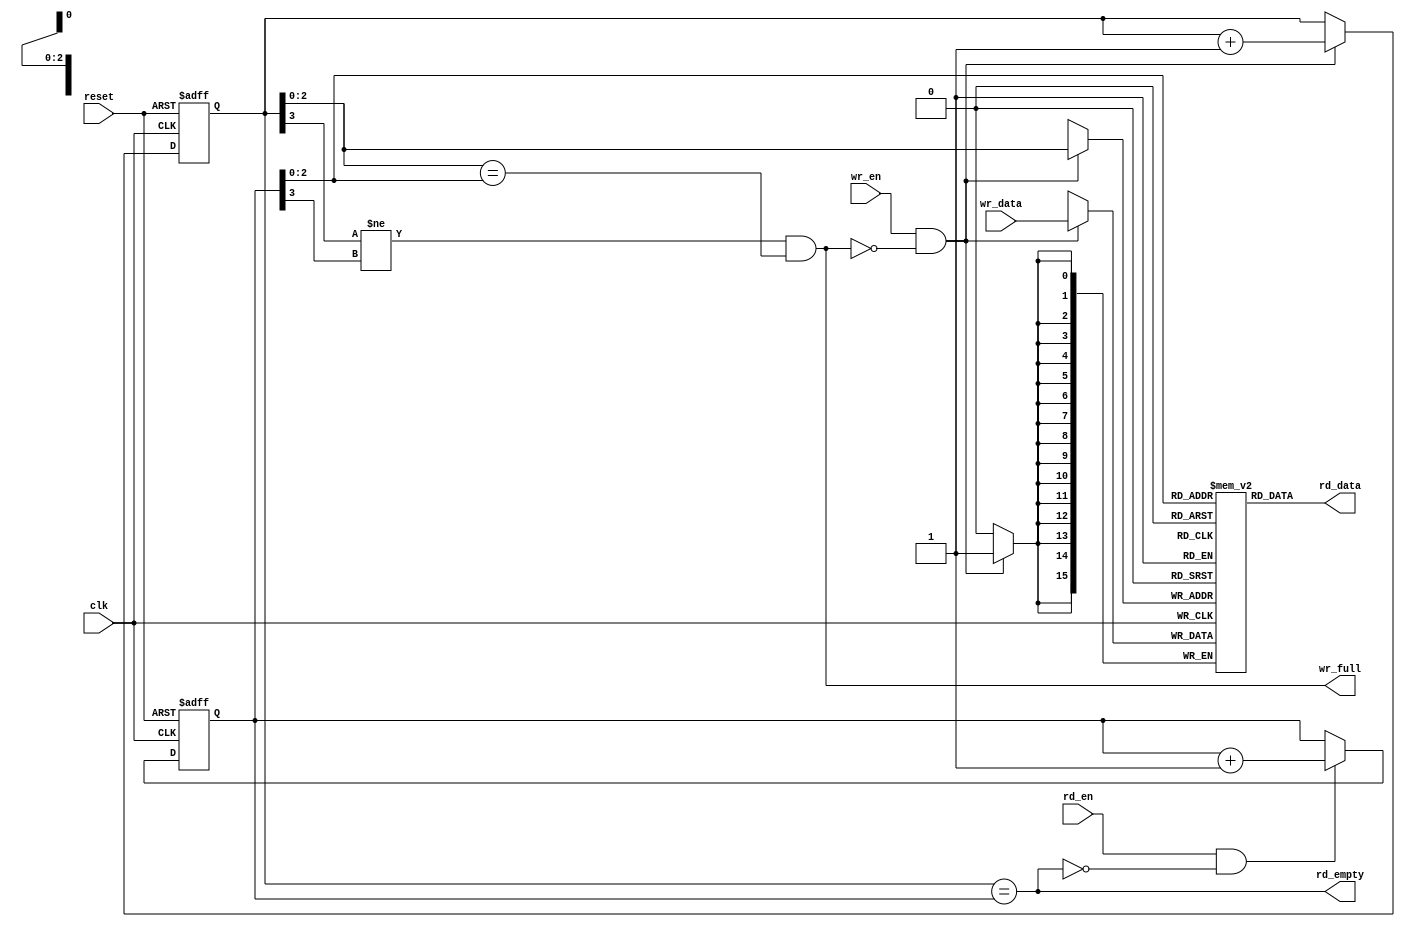
`timescale 1ps/1ps

module sync_fifo
(
 reset,
 clk,
 wr_full,
 wr_data,
 wr_en,
 rd_empty,
 rd_data,
 rd_en
);
parameter ADDR_WIDTH = 3;
parameter DATA_WIDTH = 16;
  
input reset;
input clk;
  input [DATA_WIDTH-1:0] wr_data;
input wr_en;
input rd_en;
  
output wr_full;
output rd_empty;
output [DATA_WIDTH-1:0] rd_data;

wire [DATA_WIDTH-1:0] rd_data;
reg [ADDR_WIDTH:0] rd_ptr;
reg [ADDR_WIDTH:0] wr_ptr;

assign wr_full = ((wr_ptr[ADDR_WIDTH] != rd_ptr[ADDR_WIDTH]) && (wr_ptr[ADDR_WIDTH-1:0] == rd_ptr[ADDR_WIDTH-1:0]));
assign rd_empty = wr_ptr == rd_ptr;

`ifdef VENDORRAM
v_rams_12 # (DATA_WIDTH,ADDR_WIDTH) fifomem (.clk1 (clk),
                                     	     .clk2 (clk),
                                     	     .we   (wr_en)
                                     	     .add1 (wr_ptr),
                                     	     .add2 (rd_ptr),
                                     	     .di   (wr_data),
                                     	     .do2  (rd_data)
                                    	    );
`else 
localparam DEPTH = 1<<ADDR_WIDTH;
reg [DATA_WIDTH-1:0] mem[0:DEPTH-1];
  assign rd_data = mem[rd_ptr];

always @ (posedge clk)
begin
     if (wr_en && !wr_full )
    begin
      mem[wr_ptr] <= wr_data;
    end
end

`endif


always @ (posedge clk or negedge reset)
begin
  if (!reset)
  begin
    wr_ptr <= {ADDR_WIDTH{1'b0}};
  end
  else
  begin
    if (wr_en && !wr_full )
    begin
      wr_ptr <= wr_ptr + 1'b1;
    end
  end
end


always @ (posedge clk or negedge reset)
begin
  if (!reset)
  begin
    rd_ptr <= {ADDR_WIDTH{1'b0}};
  end
  else
  begin
    if (rd_en && !rd_empty)
    begin
      rd_ptr <= rd_ptr + 1'b1;
    end
  end
end

endmodule